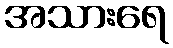
အသားရေ